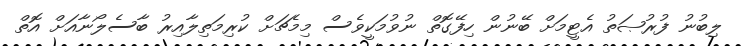
ލިބުނު ފުރުޞަތު އެޓީމަށް ބޭނުން ހިފޭގޮތް ނުވުމަކީވެސް މިމެޗަށް ކުރިމަތިލާއިރު ބާސެލޯނާއަށް އޮތް